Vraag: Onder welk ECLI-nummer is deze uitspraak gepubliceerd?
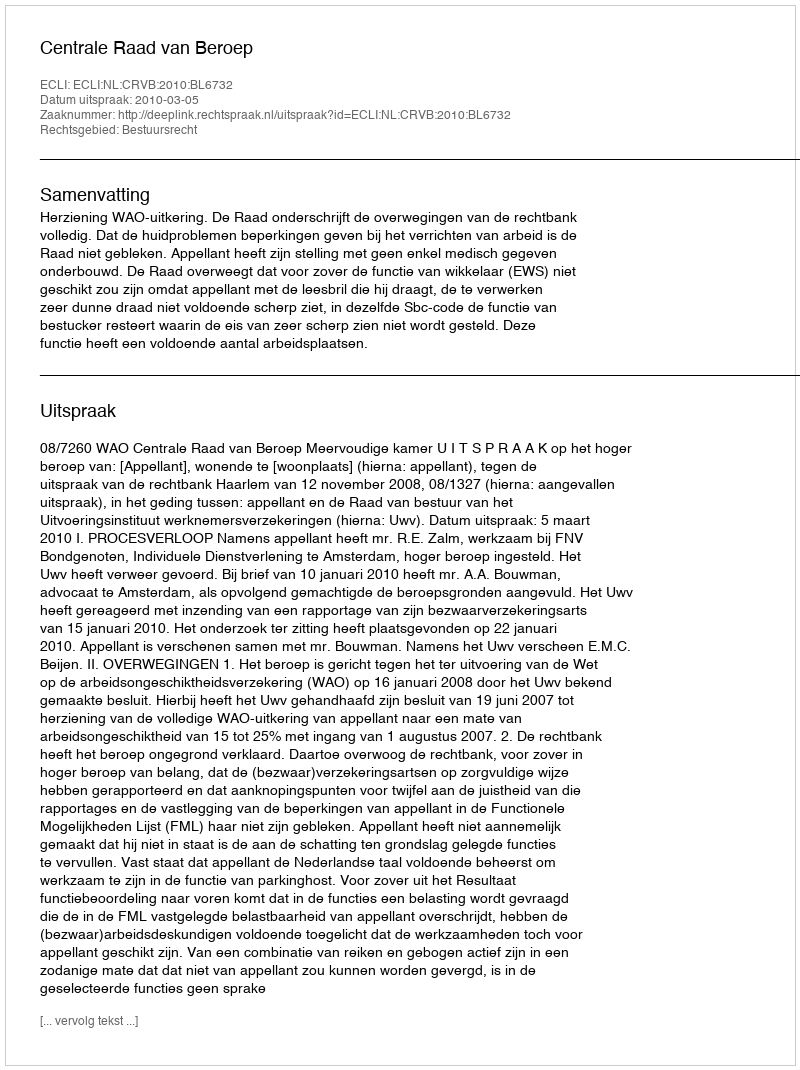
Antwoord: ECLI:NL:CRVB:2010:BL6732